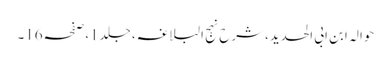
حوالہ ابن ابی الحدید،شرح نہج البلاغہ، جلد1،صفحہ16۔